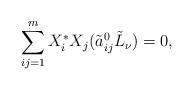
LaTeX: \begin{align*}\sum^{m}_{ij=1}X^{*}_{i}X_{j}(\tilde{a}^{0}_{ij}\tilde{L}_{\nu})=0,\end{align*}